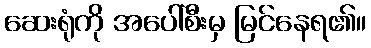
ဆေးရုံကို အပေါ်စီးမှ မြင်နေရ၏။